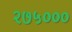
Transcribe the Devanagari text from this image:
२७५०००